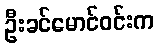
ဦးခင်မောင်ဝင်းက